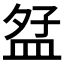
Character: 𪾎